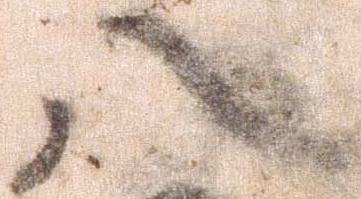
八